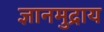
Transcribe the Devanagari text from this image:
ज्ञानमुद्राय